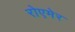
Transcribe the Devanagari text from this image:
रोएमेर